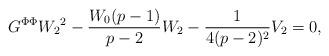
LaTeX: \begin{align*}G^{\Phi \Phi}{W_2}^2-\frac{W_0(p-1)}{p-2}W_2-\frac{1}{4(p-2)^2}V_2=0,\end{align*}